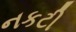
નકટી